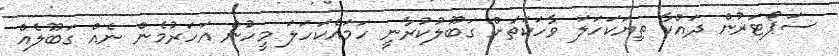
ސަޕޯޓަރުން ދައްކާ ތިޔަކަހަލަ ވާހަކަތަށް ގަބޫލުކުރާނީ ހަމައެކަހަލަ މީހުން އަހަރުމެން ނެއް ގަބޫލެއް